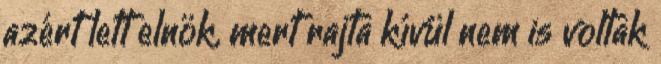
azért lett elnök, mert rajta kívül nem is voltak